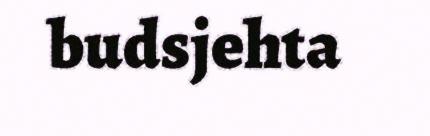
budsjehta